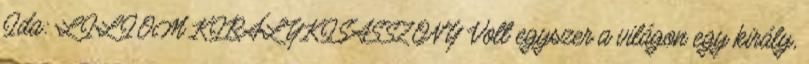
Ida: LILIOM KIRÁLYKISASSZONY Volt egyszer a világon egy király,